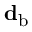
\mathbf { d } _ { \mathrm { b } }